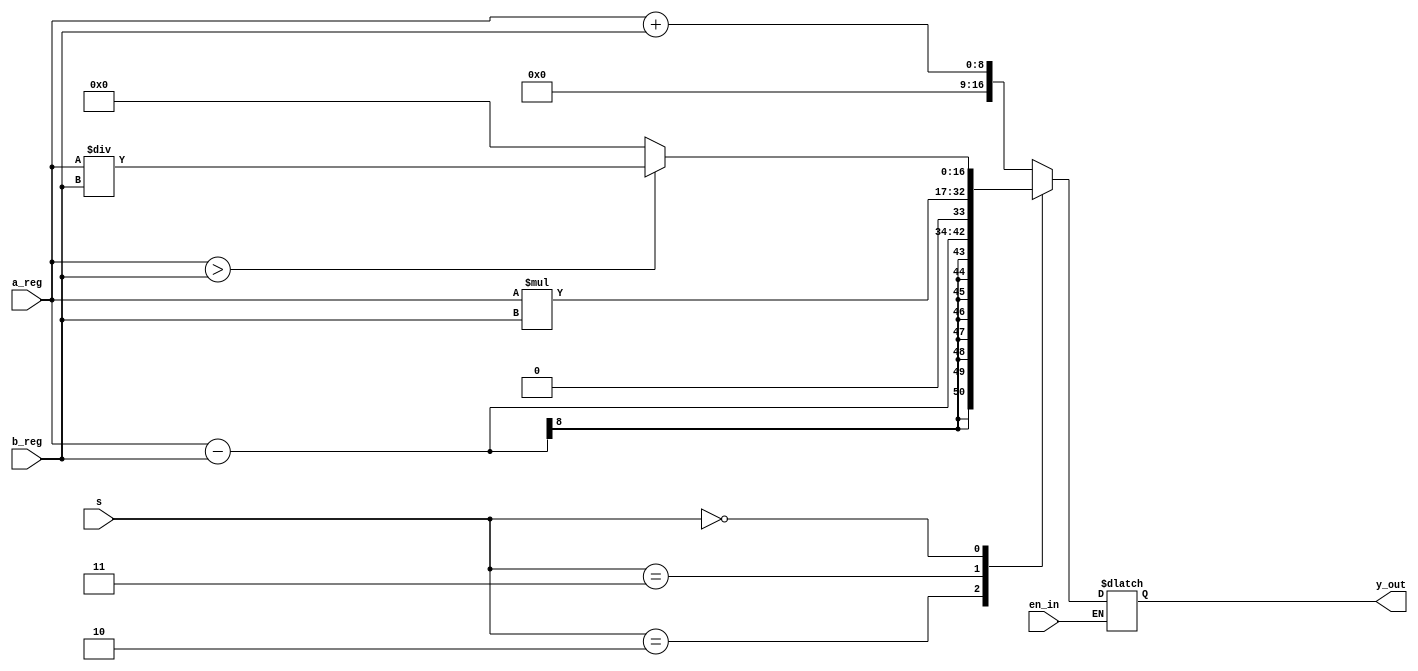
module artmetic(output reg [16:0]y_out,
   		
                input [7:0]a_reg,b_reg,
                 input en_in,
                input [1:0]s);
  reg [7:0] w,q;
//y_out = a_reg + b_reg;
     always@(*)
         begin
if(!en_in)
begin
    case(s)
         3'b01:y_out = a_reg + b_reg;
         3'b10:begin
			y_out = a_reg - b_reg;
                
               	end
             3'b11: y_out = a_reg*b_reg;
             3'b00: if(a_reg> b_reg) begin
                     y_out = a_reg/b_reg;
                      end
                    else
                     y_out = 0;
           default : begin y_out=0;  
end
              endcase
         end
         end        
endmodule